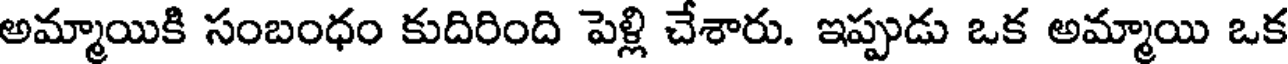
అమ్మాయికి సంబంధం కుదిరింది పెళ్లి చేశారు. ఇప్పుడు ఒక అమ్మాయి ఒక